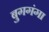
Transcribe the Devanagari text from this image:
बुगगंगा